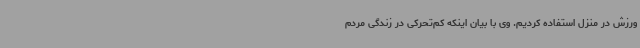
ورزش در منزل استفاده کردیم. وی با بیان اینکه کم‌تحرکی در زندگی مردم